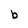
Character: b